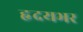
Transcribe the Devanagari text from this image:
हृदयभर